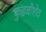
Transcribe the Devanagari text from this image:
कुइबीशेव